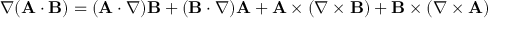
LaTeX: \nabla ( \mathbf { A } \cdot \mathbf { B } ) = ( \mathbf { A } \cdot \nabla ) \mathbf { B } + ( \mathbf { B } \cdot \nabla ) \mathbf { A } + \mathbf { A } \times ( \nabla \times \mathbf { B } ) + \mathbf { B } \times ( \nabla \times \mathbf { A } )